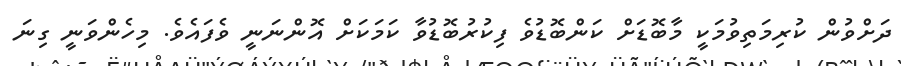
ދަށްވުން ކުރިމަތިވުމަކީ މާބޮޑަށް ކަންބޮޑުވެ ފިކުރުބޮޑުވާ ކަމަކަށް އޮންނަނީ ވެފައެވެ. މިހެންވަނީ ގިނަ